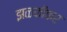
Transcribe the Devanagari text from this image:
झळकीकर